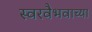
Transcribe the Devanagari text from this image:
स्वरवैभवाच्या